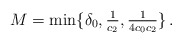
\begin{align*} M = \min\{\delta_0, \tfrac{1}{c_2}, \tfrac{1}{4c_0 c_2}\}\,.\end{align*}